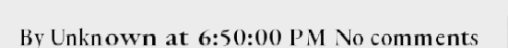
By Unknown at 6:50:00 PM No comments